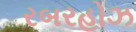
રબરહોઝ